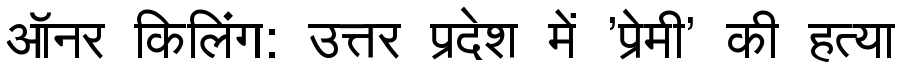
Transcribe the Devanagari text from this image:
ऑनर किलिंग: उत्तर प्रदेश में 'प्रेमी' की हत्या